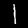
Digit: 1